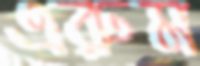
এরুম